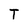
Character: T